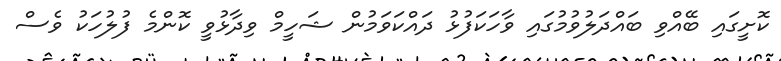
ކޮށީގައި ބޭއްވި ބައްދަލުވުމުގައި ވާހަކަފުޅު ދައްކަވަމުން ޝަހީމް ވިދާޅުވީ ކޮންމެ ފުލުހަކު ވެސް